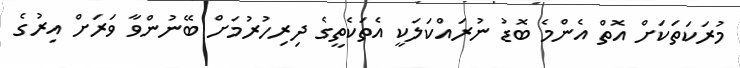
މުރަކަތަކަށް އޮތް އެންމެ ބޮޑު ނުރައްކަލަކީ އެތަކެތީގެ ދިރިހުރުމަށް ބޭނުންވާ ވަރަށް އިރުގެ